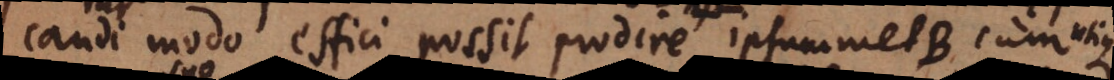
candi modo effici possit prodire ipsummet B cum utique